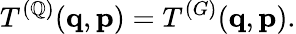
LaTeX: T^{(\mathbb{Q})}({\mathbf{q}},{\mathbf{p}})=T^{(G)}({\mathbf{q}},{\mathbf{p}}).